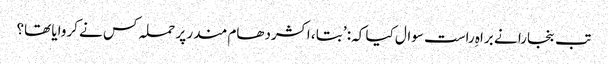
تب بنجارا نے براہِ راست سوال کیا کہ: ’بتا ، اکشردھام مندر پر حملہ کس نے کروایا تھا؟